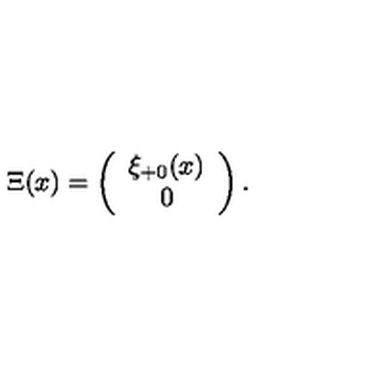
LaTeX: \Xi ( x ) = \left( \begin{array} { c } { \xi _ { + 0 } ( x ) } \\ { 0 } \\ \end{array} \right) .